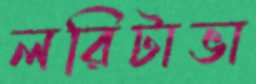
লরিটাভা